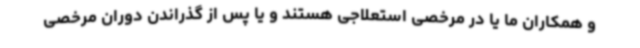
و همکاران ما یا در مرخصی استعلاجی هستند و یا پس از گذراندن دوران مرخصی